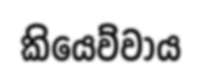
කියෙව්වාය